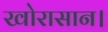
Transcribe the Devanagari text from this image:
खोरासान।